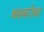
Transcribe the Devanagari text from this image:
बसबरोबर